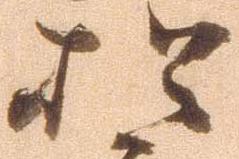
於